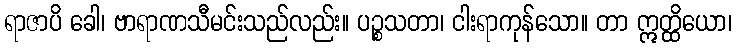
ရာဇာပိ ခေါ၊ ဗာရာဏသီမင်းသည်လည်း။ ပဉ္စသတာ၊ ငါးရာကုန်သော။ တာ ဣတ္ထိယော၊